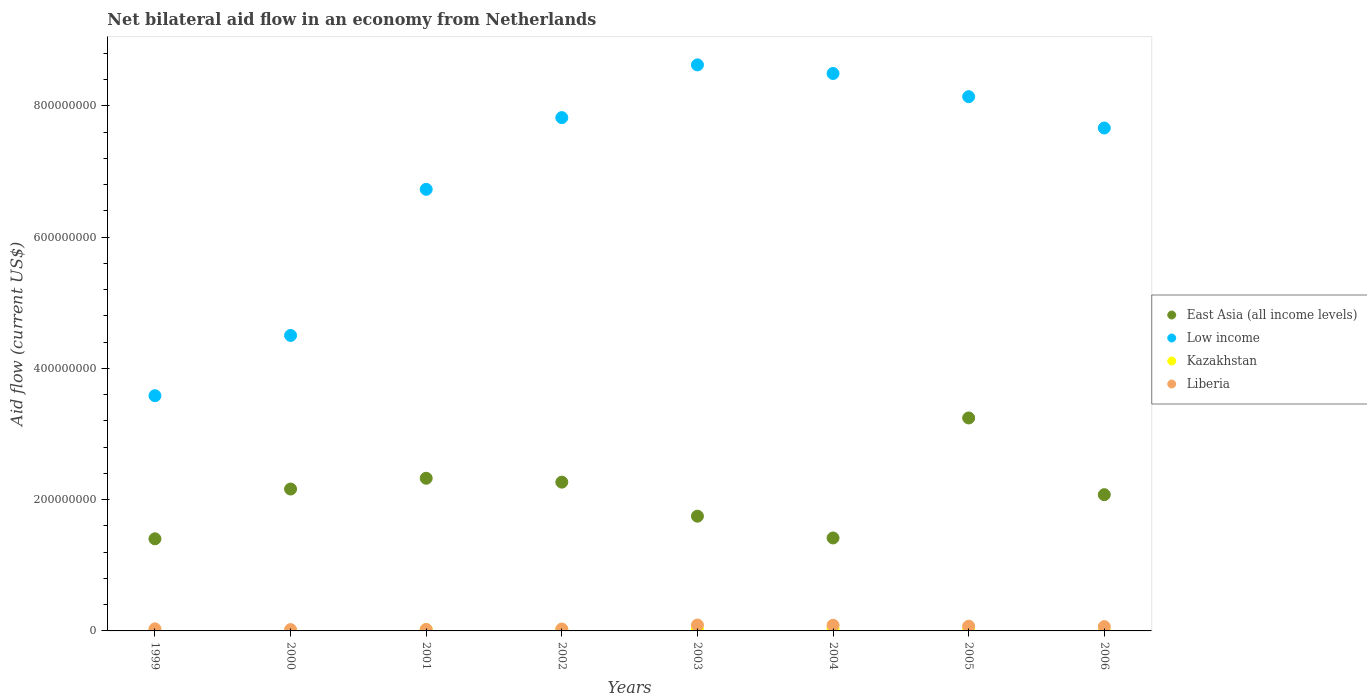
| Years | East Asia (all income levels) | Low income | Kazakhstan | Liberia |
 | --- | --- | --- | --- | --- |
 | 1999 | 1.4e+08 | 3.58e+08 | 1.2e+05 | 3.16e+06 |
 | 2000 | 2.16e+08 | 4.5e+08 | 2.9e+05 | 2e+06 |
 | 2001 | 2.33e+08 | 6.73e+08 | 2.15e+06 | 2.25e+06 |
 | 2002 | 2.27e+08 | 7.82e+08 | 2.01e+06 | 2.88e+06 |
 | 2003 | 1.75e+08 | 8.63e+08 | 2.51e+06 | 8.98e+06 |
 | 2004 | 1.42e+08 | 8.49e+08 | 3.32e+06 | 8.62e+06 |
 | 2005 | 3.25e+08 | 8.14e+08 | 2.36e+06 | 7.2e+06 |
 | 2006 | 2.08e+08 | 7.66e+08 | 2.5e+05 | 6.53e+06 |